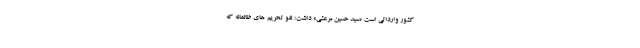
کشور وارداتی است «سید حسین مرعشی» داشت: لغو تحریم های ظالمانه که